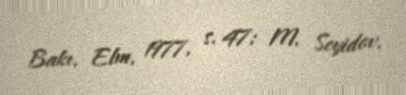
Bakı, Elm, 1977, s. 47; M. Seyidov.